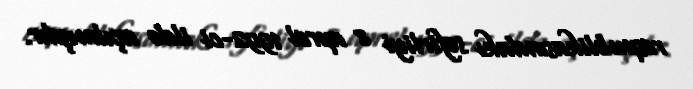
respublikasındakı səfirliyi 8 aprel 1992-ci ildə açılmışdır.